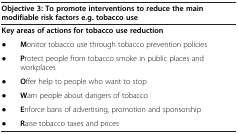
| <COLSPAN=2> Objective 3: To promote interventions to reduce the main modifiable risk factors e.g. tobacco use |
 | --- | --- |
 | <COLSPAN=2> Key areas of actions for tobacco use reduction |
 | ● | Monitor tobacco use through tobacco prevention policies |
 | ● | Protect people from tobacco smoke in public places and workplaces |
 | ● | Offer help to people who want to stop |
 | ● | Warn people about dangers of tobacco |
 | ● | Enforce bans of advertising, promotion and sponsorship |
 | ● | Raise tobacco taxes and prices |